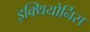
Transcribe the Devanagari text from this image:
इक्थियोर्निस